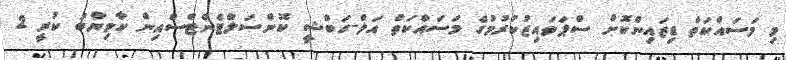
މި މަސައްްކަތް ޑިޒައިންކޮށް ސްޕަވައިޒުކުރުމުގެ މަސައްކަތް އަލް-ހަބްޝީ ކޮންސަލްޓެންޓްސްއިން ކާމިޔާބު ކުރީ 2